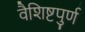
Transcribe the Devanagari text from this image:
वैशिष्टपुर्ण